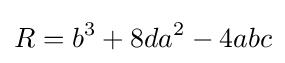
R=b^{3}+8da^{2}-4abc